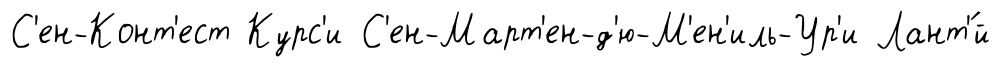
С'ен-Конт'ест Курс'и С'ен-Март'ен-д'ю-М'ен'иль-Ур'и Лант'́й